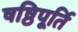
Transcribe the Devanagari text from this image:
षष्ठिपूर्ति